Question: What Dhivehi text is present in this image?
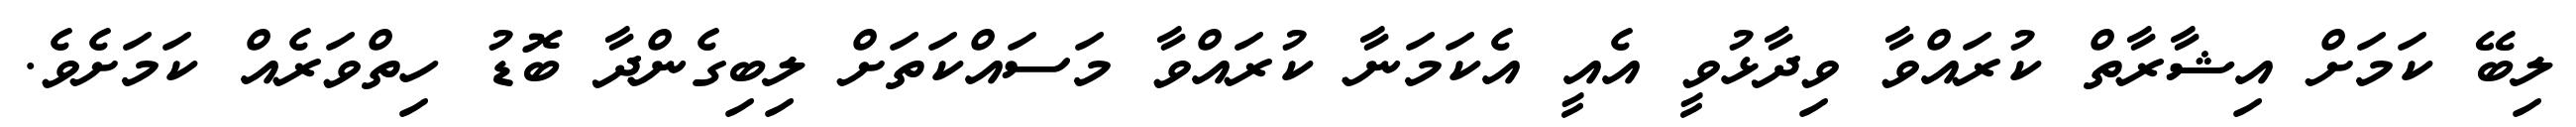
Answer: ލިބޭ ކަމަށް އިޝާރާތް ކުރައްވާ ވިދާޅުވީ އެއީ އެކަމަނާ ކުރައްވާ މަސައްކަތަށް ލިބިގެންދާ ބޮޑު ހިތްވަރެއް ކަމަށެވެ.